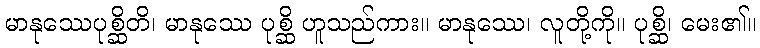
မာနုဿေပုစ္ဆိတိ၊ မာနုဿေ ပုစ္ဆိ ဟူသည်ကား။ မာနုဿေ၊ လူတို့ကို။ ပုစ္ဆိ၊ မေး၏။